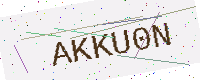
Text: AKKU0N